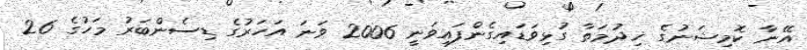
އޭނާ ކޮމިޝަނުގެ ޚިދުމަތާ ގުޅިވަޑައިގެންފައިވަނީ 2006 ވަނަ އަހަރުގެ ޑިސެންބަރު މަހުގެ 26